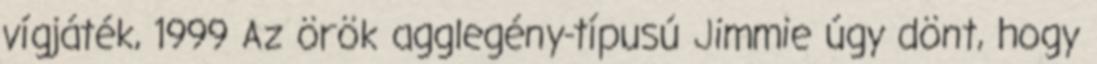
vígjáték, 1999 Az örök agglegény-típusú Jimmie úgy dönt, hogy